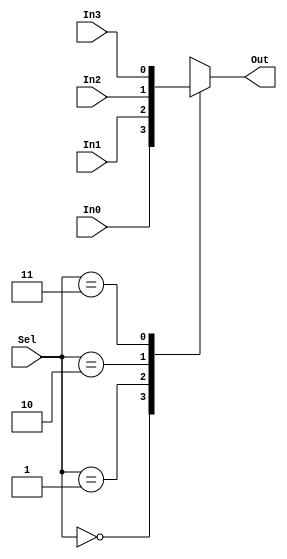
`timescale 1ns / 1ps
module mux(
	input In0,
	input In1,
	input In2,
	input In3,
	input [1:0] Sel,
	output reg Out
	);
always @(In0,In1,In2,In3,Sel)
case(Sel)
0:Out<=In0;
1:Out<=In1;
2:Out<=In2;
3:Out<=In3;
endcase
endmodule